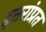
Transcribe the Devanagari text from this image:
इतरांप्रत